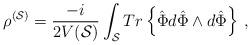
LaTeX: \begin{align*}\rho^{({\cal S})} = \frac{-i}{2V({\cal S})}\int_{{\cal S}} {Tr\left\{\hat{\Phi} d\hat{\Phi}\wedge d\hat{\Phi}\right\}} \ ,\end{align*}